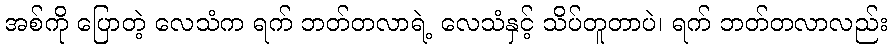
အစ်ကို ပြောတဲ့ လေသံက ရက် ဘတ်တလာရဲ့ လေသံနှင့် သိပ်တူတာပဲ၊ ရက် ဘတ်တလာလည်း